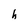
Character: h